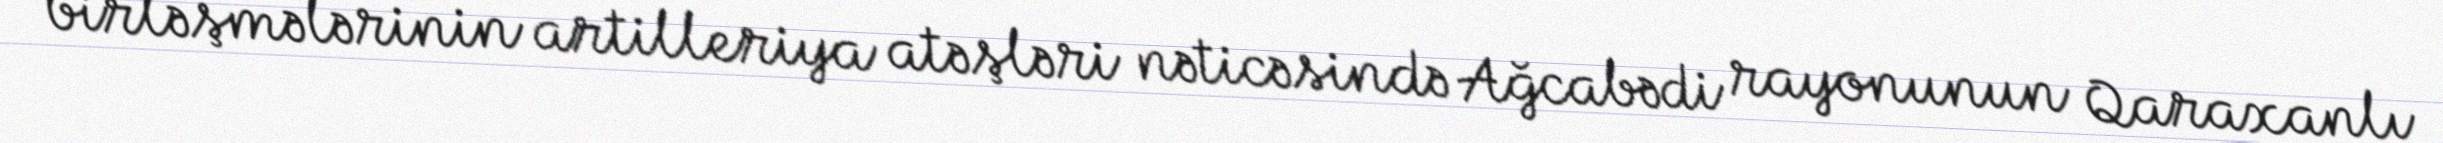
birləşmələrinin artilleriya atəşləri nəticəsində Ağcabədi rayonunun Qaraxanlı